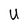
Character: U